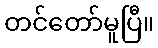
တင်တော်မူပြီ။